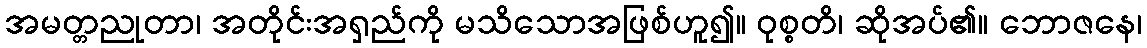
အမတ္တညုတာ၊ အတိုင်းအရှည်ကို မသိသောအဖြစ်ဟူ၍။ ဝုစ္စတိ၊ ဆိုအပ်၏။ ဘောဇနေ၊